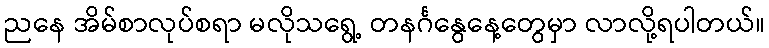
ညနေ အိမ်စာလုပ်စရာ မလိုသရွေ့ တနင်္ဂနွေနေ့တွေမှာ လာလို့ရပါတယ်။